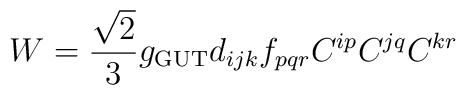
W=\frac{\sqrt{2}}{3}g_{\rm GUT}d_{ijk}f_{pqr}C^{ip}C^{jq}C^{kr}